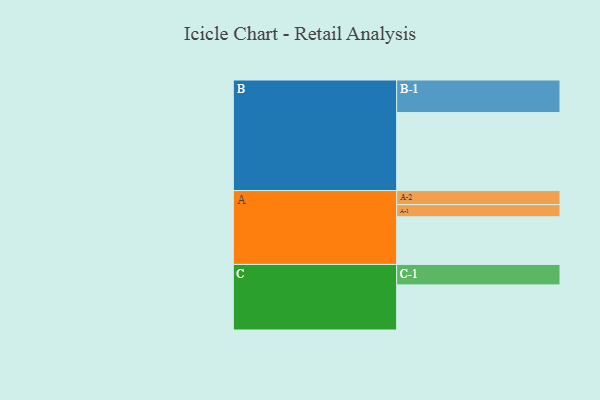
{"axis": {"x": "Segment", "y": "Value"}, "legend": ["", "A", "B", "C"], "data": [{"x": "A", "y": 338, "type": ""}, {"x": "B", "y": 553, "type": ""}, {"x": "C", "y": 320, "type": ""}, {"x": "A-1", "y": 86, "type": "A"}, {"x": "A-2", "y": 100, "type": "A"}, {"x": "B-1", "y": 231, "type": "B"}, {"x": "C-1", "y": 145, "type": "C"}]}